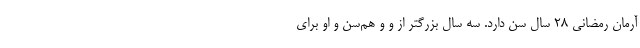
آرمان رمضانی ۲۸ سال سن دارد. سه سال بزرگتر از و و هم‌سن و او برای